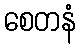
စေတနံ